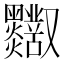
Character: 𪒸